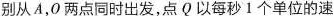
别从A，O 两点同时出发，点 Q 以每秒 1 个单位的速